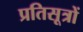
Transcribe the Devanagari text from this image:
प्रतिसूत्रों